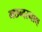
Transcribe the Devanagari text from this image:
मछन्दरनाथ